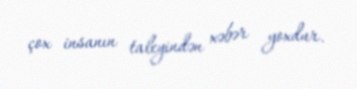
çox insanın taleyindən xəbər yoxdur.